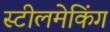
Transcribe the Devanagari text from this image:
स्टीलमेकिंग